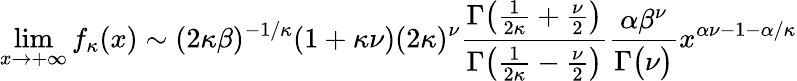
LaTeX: \operatorname*{lim}_{x\to+\infty}f_{\kappa}(x)\sim(2\kappa\beta)^{-1/\kappa}(1+\kappa\nu)(2\kappa)^{\nu}{\frac{\Gamma{\big(}{\frac{1}{2\kappa}}+{\frac{\nu}{2}}{\big)}}{\Gamma{\big(}{\frac{1}{2\kappa}}-{\frac{\nu}{2}}{\big)}}}{\frac{\alpha\beta^{\nu}}{\Gamma{\big(}\nu{\big)}}}x^{\alpha\nu-1-\alpha/\kappa}